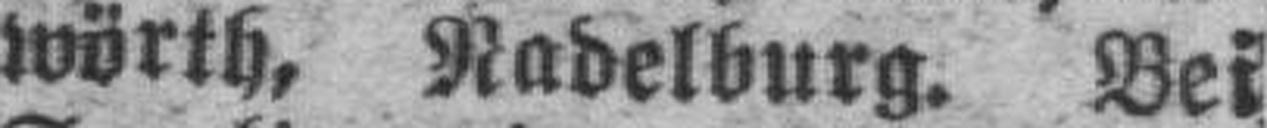
wörth, Nadelburg. Bei